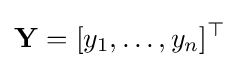
\mathbf {Y} =[y_{1},\ldots ,y_{n}]^{\top }